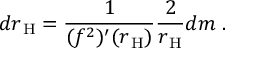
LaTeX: d r _ { \mathrm { \tiny ~ H } } = \frac { 1 } { ( f ^ { 2 } ) ^ { \prime } ( r _ { \mathrm { \tiny ~ H } } ) } \frac { 2 } { r _ { \mathrm { \tiny ~ H } } } d m \ .